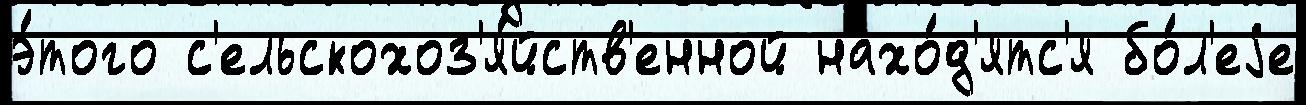
э́того с'ельскохоз'я́йств'енной нахо́д'ятс'я бо́л'еjе